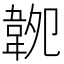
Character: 𩎝